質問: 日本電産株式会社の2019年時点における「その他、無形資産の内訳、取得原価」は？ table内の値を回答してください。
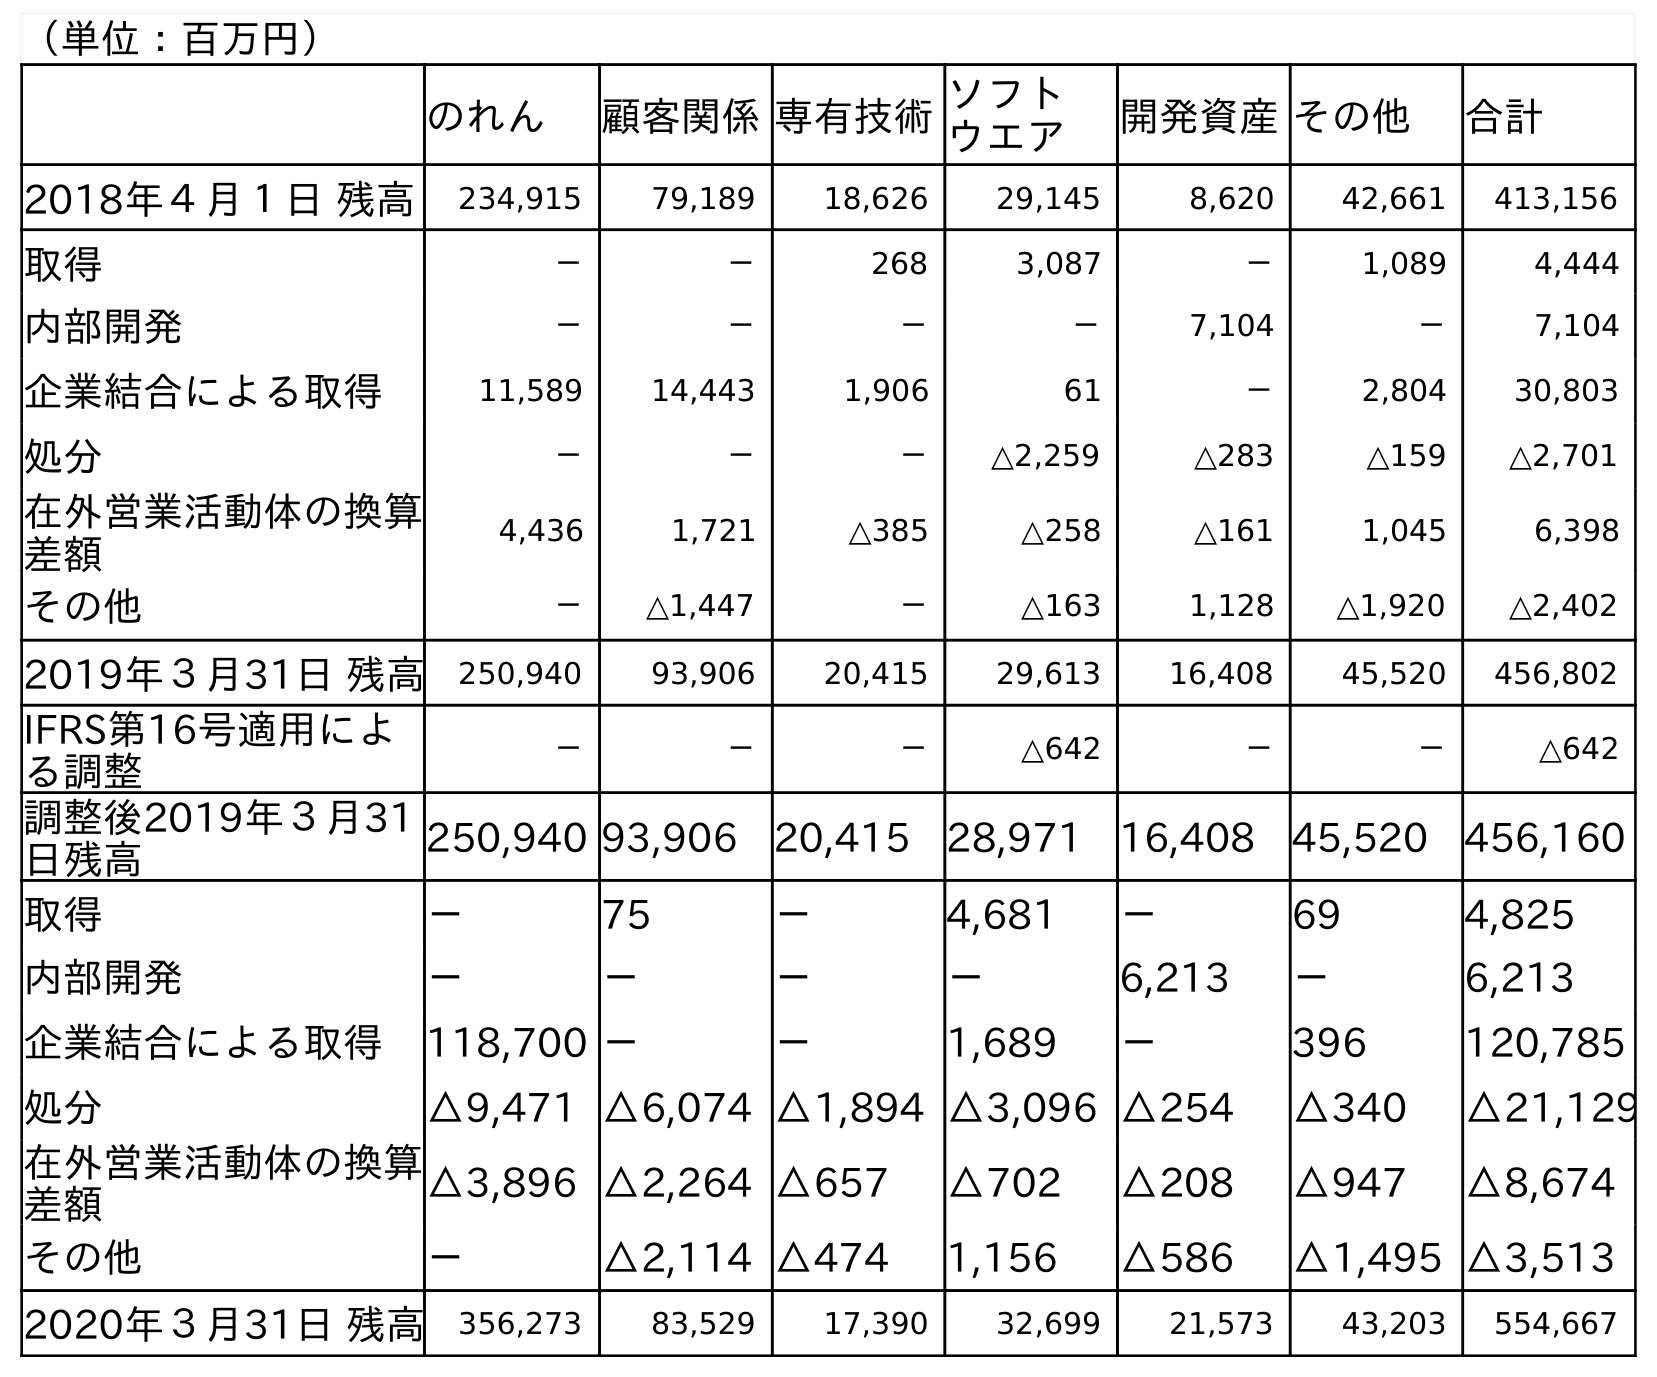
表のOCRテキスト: （単位：百万円） のれん 顧客関係専有技術ソフト ウエア 開発資産その他 合計 2018年４月１日 残高 234,915 79,189 18,626 29,145 8,620 42,661 413,156 取得 － － 268 3,087 － 1,089 4,444 内部開発 － － － － 7,104 － 7,104 企業結合による取得 11,589 14,443 1,906 61 － 2,804 30,803 処分 － － － △2,259 △283 △159 △2,701 在外営業活動体の換算 差額 4,436 1,721 △385 △258 △161 1,045 6,398 その他 － △1,447 － △163 1,128 △1,920 △2,402 2019年３月31日 残高 250,940 93,906 20,415 29,613 16,408 45,520 456,802 IFRS第16号適用によ る調整 － － － △642 － － △642 調整後2019年３月31 日残高 250,940 93,906 20,415 28,971 16,408 45,520 456,160 取得 － 75 － 4,681 － 69 4,825 内部開発 － － － － 6,213 － 6,213 企業結合による取得 118,700 － － 1,689 － 396 120,785 処分 △9,471 △6,074 △1,894 △3,096 △254 △340 △21,129 在外営業活動体の換算 差額 △3,896 △2,264 △657 △702 △208 △947 △8,674 その他 － △2,114 △474 1,156 △586 △1,495 △3,513 2020年３月31日 残高 356,273 83,529 17,390 32,699 21,573 43,203 554,667
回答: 45,520